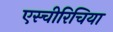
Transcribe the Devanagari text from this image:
एस्चीरिचिया